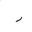
Letter: _ra